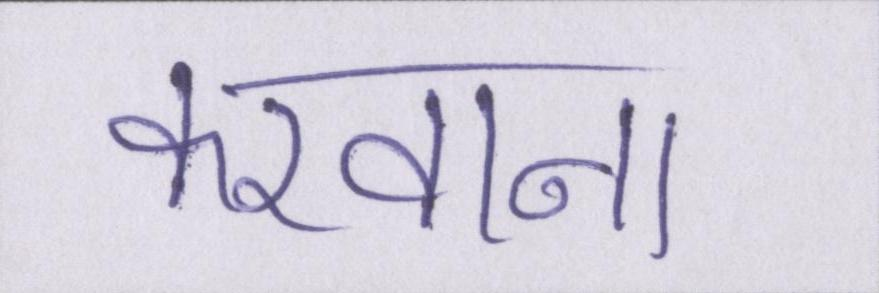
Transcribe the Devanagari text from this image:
करवाना